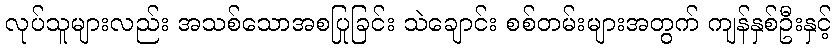
လုပ်သူများလည်း အသစ်သောအစပြုခြင်း သဲချောင်း စစ်တမ်းများအတွက် ကျန်နှစ်ဦးနှင့်